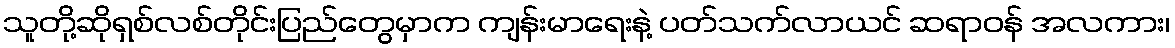
သူတို့ဆိုရှစ်လစ်တိုင်းပြည်တွေမှာက ကျန်းမာရေးနဲ့ ပတ်သက်လာယင် ဆရာဝန် အလကား၊